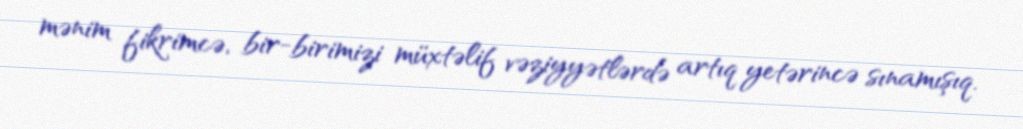
mənim fikrimcə, bir-birimizi müxtəlif vəziyyətlərdə artıq yetərincə sınamışıq.